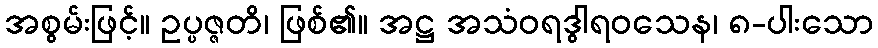
အစွမ်းဖြင့်။ ဥပ္ပဇ္ဇတိ၊ ဖြစ်၏။ အဋ္ဌ အသံဝရဒွါရဝသေန၊ ၈-ပါးသော